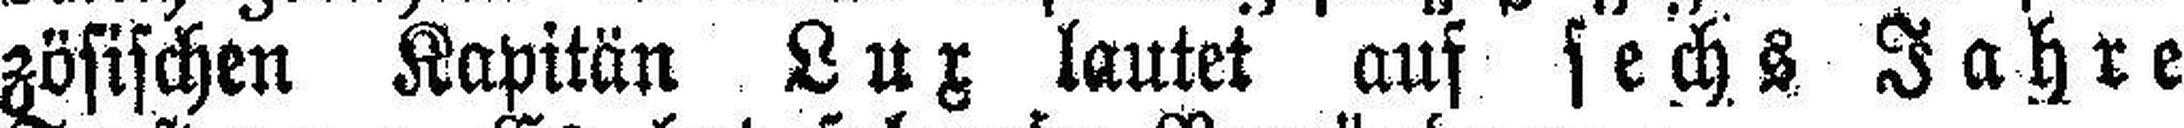
zösischen Kapitän Lux lautet auf sechs Jahre